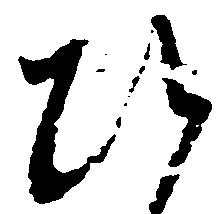
ひ